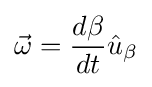
{\vec {\omega }}={d\beta  \over dt}{\hat {u}}_{\beta }